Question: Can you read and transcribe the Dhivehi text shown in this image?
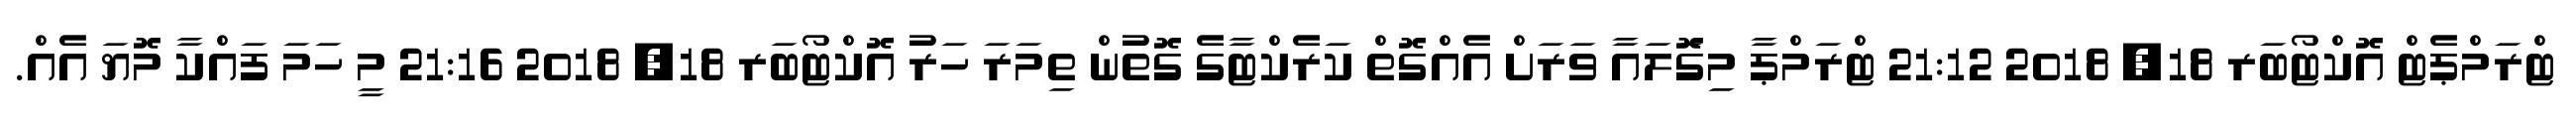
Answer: ޓްރަމްޕެޓް އޮކްޓޯބަރ 18, 2018 21:12 ޓްރަމްޕާ މިގޮަލައާ ވަރަށް އެއްގޮތް ކަރެކްޓާގެ ގޮތުން ތިމަރަ ހަރު އޮކްޓޯބަރ 18, 2018 21:16 މީ ހަމަ ފައްކާ މޮޔަ އެއް.